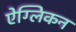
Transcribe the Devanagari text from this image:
ऐग्लिकन